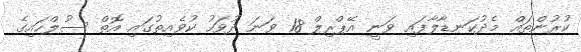
ކުރުންތައް މެދުކަނޑާލާފައި ވަނީ އޭޕްރިލް 18 ވަނަ ދުވަހު ކުވެއިތުގައި އޮތް ސުލްހައިގެ